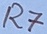
Text: R7